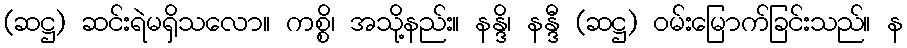
(ဆဋ္ဌ) ဆင်းရဲမရှိသလော။ ကစ္စိ၊ အသို့နည်း။ နန္ဒိ၊ နန္ဒီ (ဆဋ္ဌ) ဝမ်းမြောက်ခြင်းသည်။ န